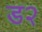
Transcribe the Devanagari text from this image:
ड२